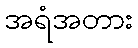
အရံအတား